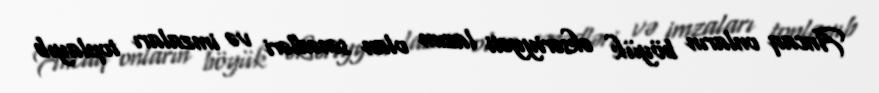
Ancaq onların böyük əksəriyyəti lazım olan sənədləri və imzaları toplayıb